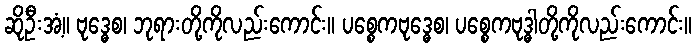
ဆိုဦးအံ့။ ဗုဒ္ဓေစ၊ ဘုရားတို့ကိုလည်းကောင်း။ ပစ္စေကဗုဒ္ဓေစ၊ ပစ္စေကဗုဒ္ဓါတို့ကိုလည်းကောင်း။